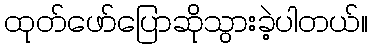
ထုတ်ဖော်ပြောဆိုသွားခဲ့ပါတယ်။